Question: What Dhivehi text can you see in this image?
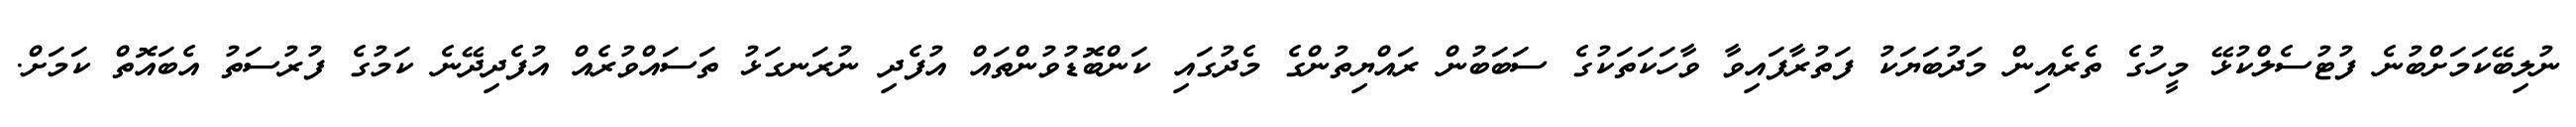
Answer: ނުލިބޭކަމަށްބުނެ ފުޓުސެލްކުޅޭ މީހުގެ ތެރެއިން މަދުބަޔަކު ފަތުރާފައިވާ ވާހަކަތަކުގެ ސަބަބުން ރައްޔިތުންގެ މެދުގައި ކަންބޮޑުވުންތައް އުފެދި ނުރަނގަޅު ތަސައްވުރެއް އުފެދިދޭނެ ކަމުގެ ފުރުސަތު އެބައޮތް ކަމަށް.